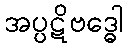
အပ္ပဋိဗဒ္ဓေါ